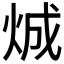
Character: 𪸤